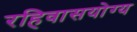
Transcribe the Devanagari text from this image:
रहिवासयोग्य